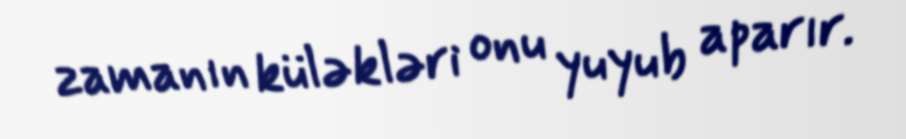
zamanın küləkləri onu yuyub aparır.